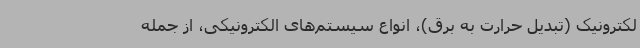
لکترونیک (تبدیل حرارت به برق)، انواع سیستم‌های الکترونیکی، از جمله